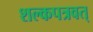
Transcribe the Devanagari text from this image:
शल्कपत्रवत्‌